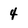
Character: 4